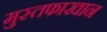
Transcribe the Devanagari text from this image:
मुस्तफाखान